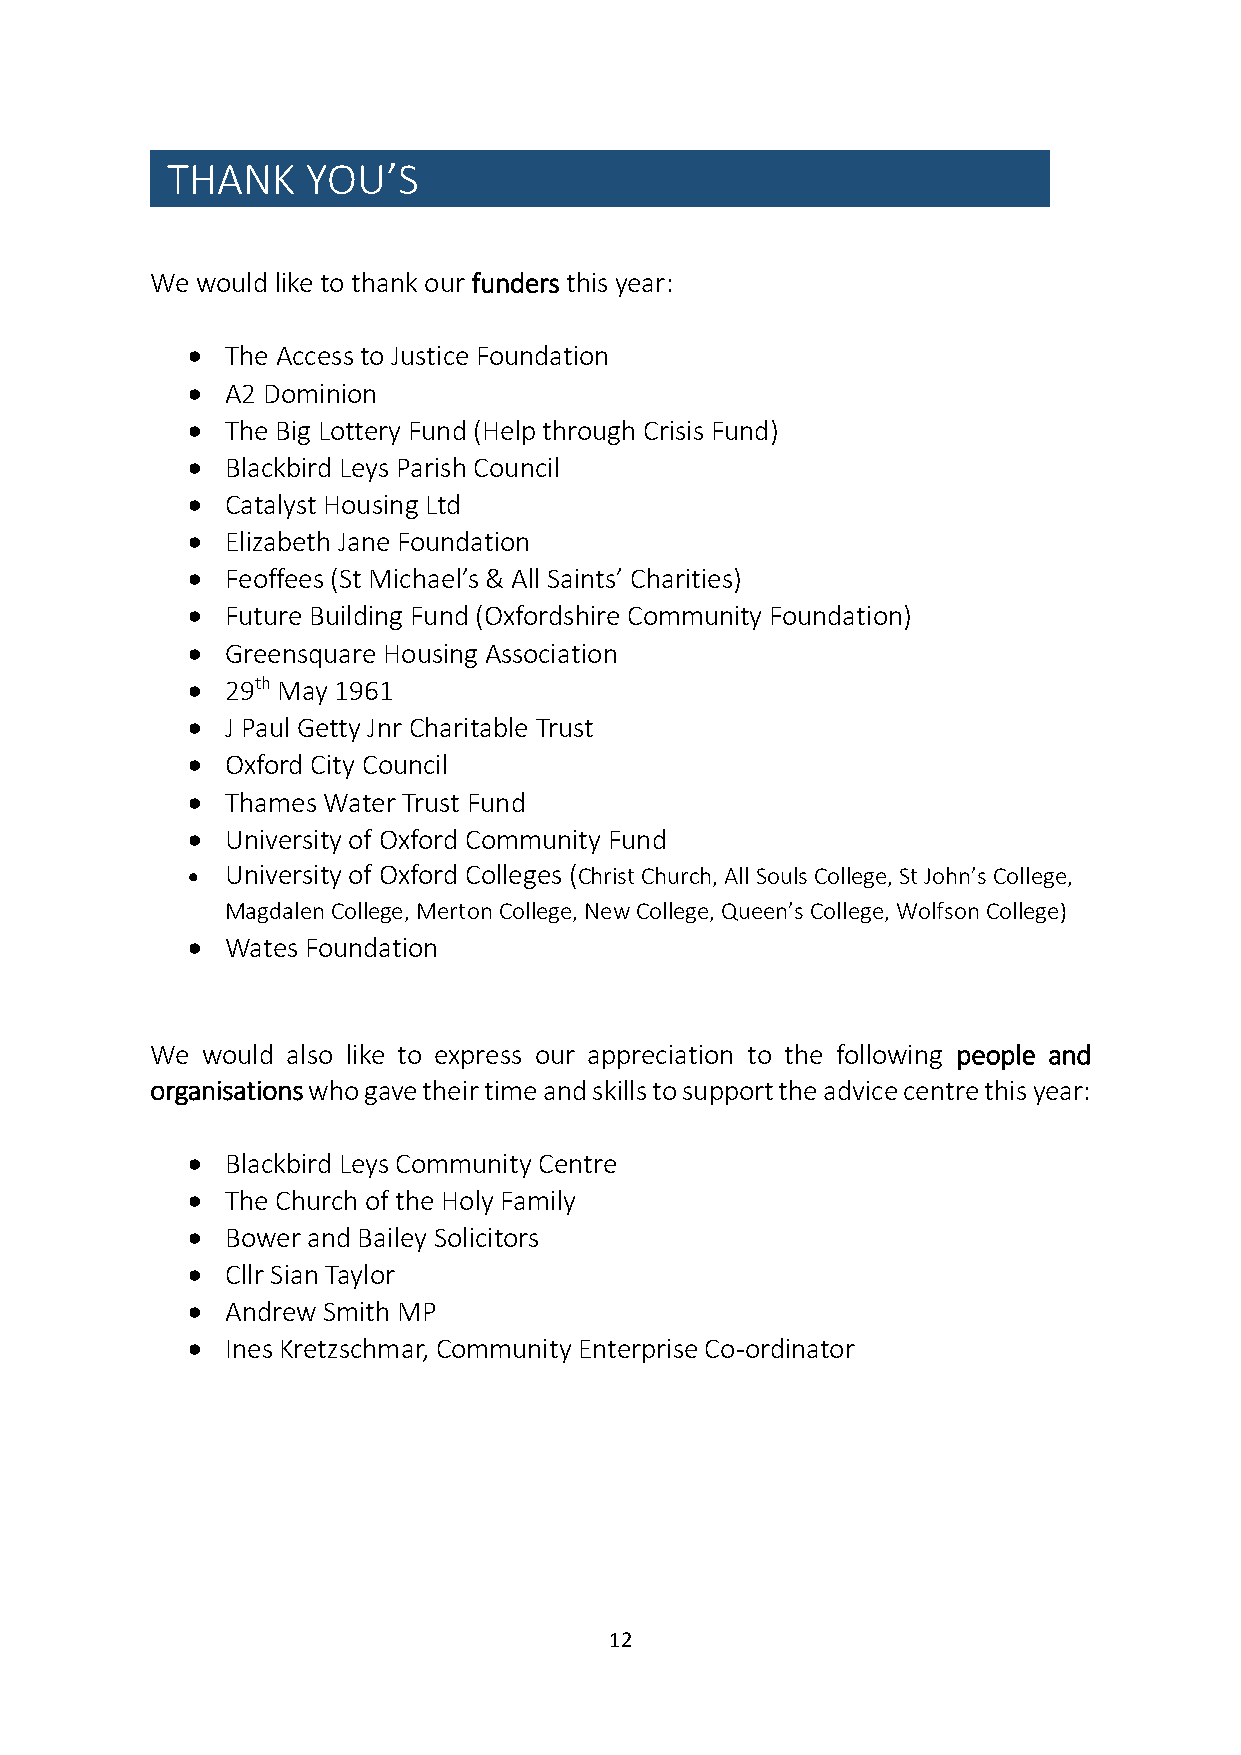
THANK    YOU’S
 We would like to thank our funders this year:
   The Access to Justice Foundation
   A2 Dominion
   The Big Lottery Fund (Help through Crisis Fund)
   Blackbird Leys Parish Council
   Catalyst Housing Ltd
   Elizabeth Jane Foundation
   Feoffees (St Michael’s & All Saints’ Charities)
   Future Building Fund (Oxfordshire Community Foundation)
   Greensquare Housing Association
   29th May 1961
   J Paul Getty Jnr Charitable Trust
   Oxford City Council
   Thames Water Trust Fund
   University of Oxford Community Fund
   University of Oxford Colleges (Christ Church, All Souls College, St John’s College,
 Magdalen College, Merton College, New College, Queen’s College, Wolfson College)
   Wates Foundation
 We would also like to express our appreciation to the following people and
 organisations who gave their time and skills to support the advice centre this year:
   Blackbird Leys Community Centre
   The Church of the Holy Family
   Bower and Bailey Solicitors
   Cllr Sian Taylor
   Andrew Smith MP
   Ines Kretzschmar, Community Enterprise Co-ordinator
 12